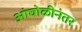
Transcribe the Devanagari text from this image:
आंघोळीनंतर